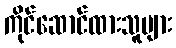
ကိုင်ဆောင်ထားသူများ